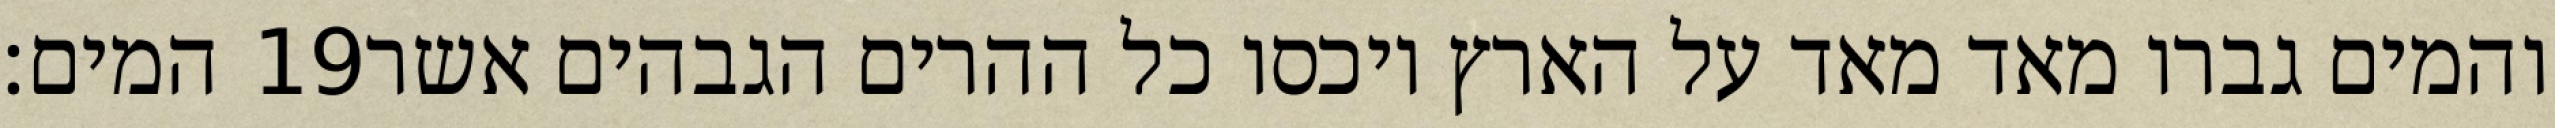
המים׃ ‎19‏ והמים גברו מאד מאד על הארץ ויכסו כל ההרים הגבהים אשר